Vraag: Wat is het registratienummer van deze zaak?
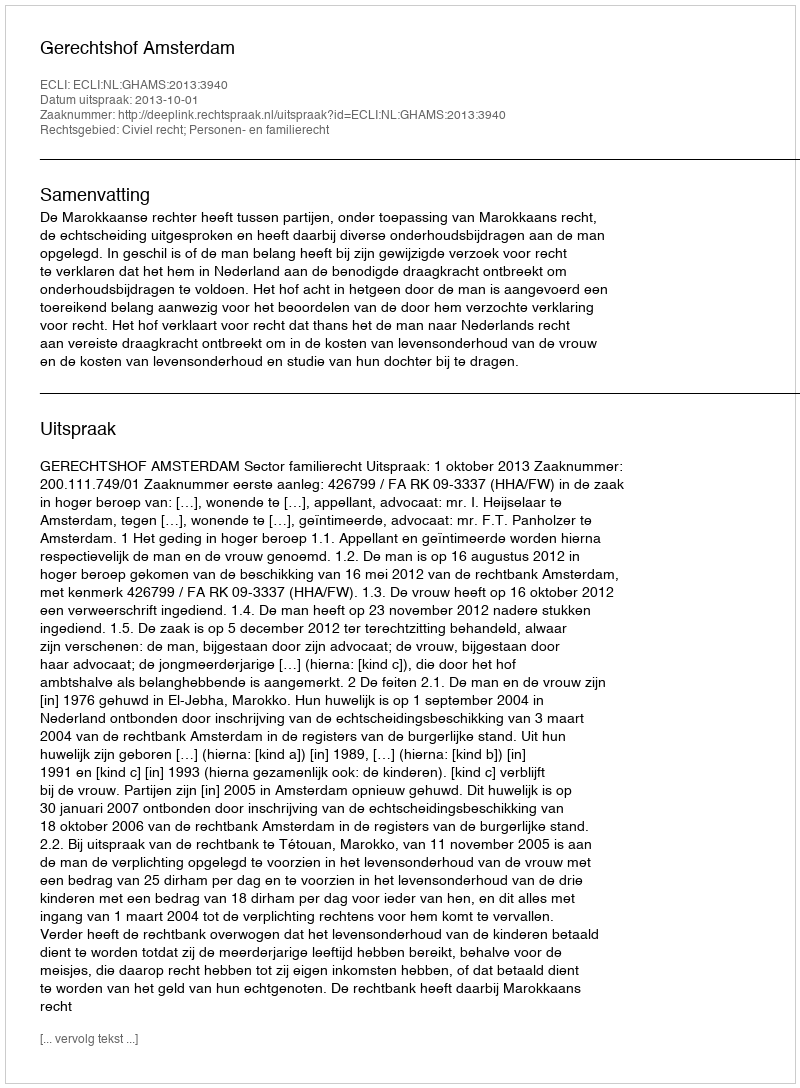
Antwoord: http://deeplink.rechtspraak.nl/uitspraak?id=ECLI:NL:GHAMS:2013:3940